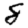
Digit: 8